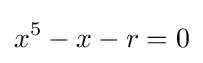
x^{5}-x-r=0